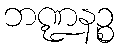
ဘဏ္ဍနဉ္စ